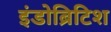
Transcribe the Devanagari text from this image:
इंडोब्रिटिश